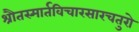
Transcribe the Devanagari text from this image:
श्रौतस्मार्तविचारसारचतुरो